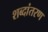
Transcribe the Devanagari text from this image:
शब्दांतरण